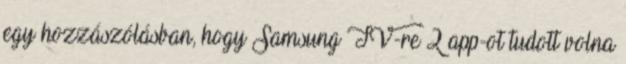
egy hozzászólásban, hogy Samsung TV-re 2 app-ot tudott volna